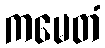
ကမေတံ